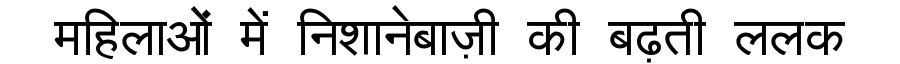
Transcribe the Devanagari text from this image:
महिलाओं में निशानेबाज़ी की बढ़ती ललक